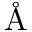
\textrm { \AA }